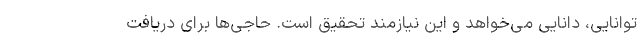
توانایی، دانایی می‌خواهد و این نیازمند تحقیق است. حاجی‌ها برای دریافت